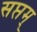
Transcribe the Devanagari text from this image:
सप्तम्‌